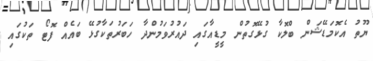
ޔޫތު އެކޮމަޑޭޝަން ބްލޮކާ ގުޅޭގޮތުން މީޑީއާގައި ދައުރުވަމުންދާ ހަބަރުތަކާގުޅޭ ބައެއް ފޮޓޯ ތަކުގައި